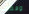
وفعلت